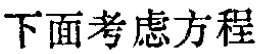
下面考虑方程